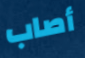
أصاب